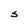
Character: S